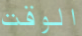
الوقت